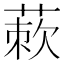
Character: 𬝜